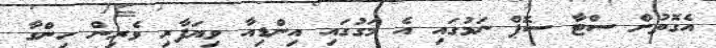
އެގޮތުން ސްޓާ ސޮޕް ނަމުގައި އެ މަގުގައި އިންޑިއާ ވިޔަފާރި ވެރިން ހިންގާ